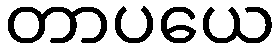
တာပယေ